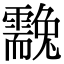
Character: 䨲